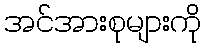
အင်အားစုများကို